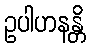
ဥပါဟနန္တိ